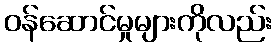
ဝန်ဆောင်မှုများကိုလည်း